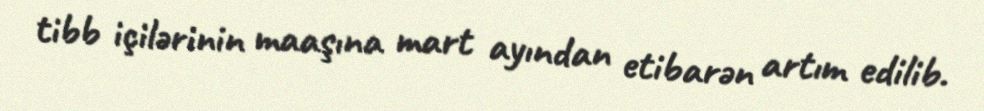
tibb içilərinin maaşına mart ayından etibarən artım edilib.